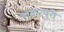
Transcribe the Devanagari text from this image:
शकरपुरी